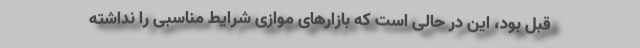
قبل بود، این در حالی است که بازارهای موازی شرایط مناسبی را نداشته